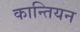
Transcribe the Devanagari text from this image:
कान्तियन